King Institute of Preventive Medicine Micro-Biological Section reports 1912-19
Year: 1912
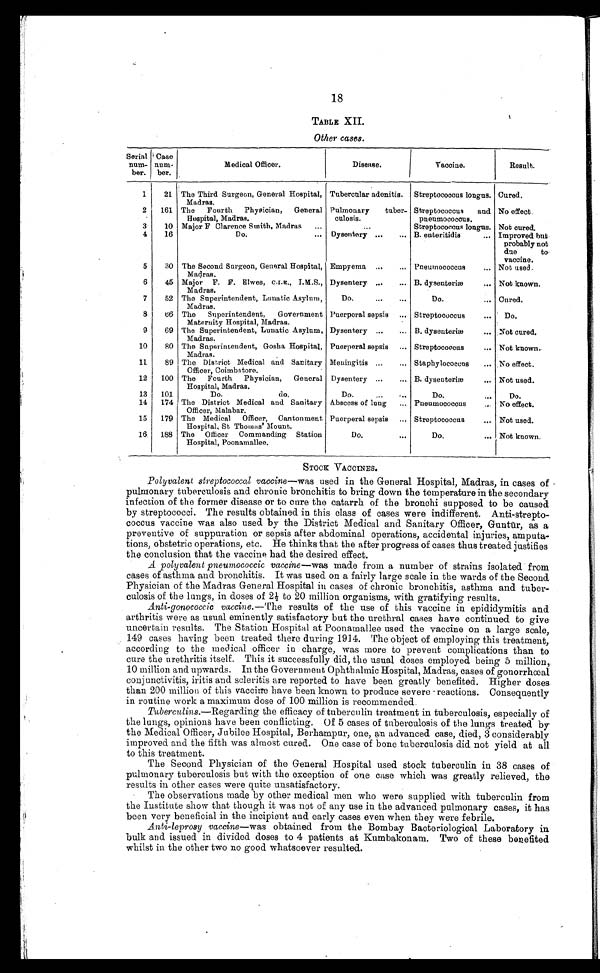
18
TABLE XII.
Other cases.
Serial
num-
ber.
Case
num-
ber.
Medical Officer.
Disease.
Vaccine.
Result.
1
21
The Third Surgeon, General Hospital,
Madras.
Tubercular adenitis.
Streptococcus longus. Cured.
2
161
The Fourth Physician, General
Hospital, Madras.
Pulmonary tuber-
culosis.
Streptococcus and
pneumococcus.
No effect.
3
10
Major F Clarence Smith, Madras . . .
. . .
Streptococcus longus. Not cured.
4
16
Do. . . . Dysentery . . . B. enteritidis . . . Improved but
probably not
due to.
vaccine.
5
30
The Second Surgeon, General Hospital,
Madras.
Empyema . . . Pneumococcus . . . Not used.
6
45
Major
F.F.Elwes, C.I.K., I . M . S . ,
Madras.
Dysentery . . . B. dysenteriæ . . . Not known.
7
52
The Superintendent, Lunatic Asylum,
Madras.
Do. . . .
Do. . . . Cured.
8
66
The Superintendent, Government
Maternity Hospital, Madras.
Puerperal sepsis . . . Streptococcus . . .
Do.
9
69 The Superintendent, Lunatic Asylum,
Madras.
Dysentery . . . B.dysenteriæ . . . Not cured.
10
80
The Superintendent, Gosha Hospital,
Madras.
Puerperal sepsis . . . Streptococcus . . . Not known.
11
89
The District Medical and Sanitary
Officer, Coimbatore.
Meningitis . . . Staphylococcus . . . No effect.
12
100
The Fourth Physician, General
Hospital, Madras.
Dysentery . . . B. dysenteriæ . . . Not used.
13
101
Do.
d o .
Do. . . .
Do. . . .
Do.
14
174 The District Medical and Sanitary
Officer, Malabar.
Abscess of lung . . . Pneumococcus . . .
No effect.
15
179
The Medical Officer, Cantonment
Hospital, St Thomas' Mount.
Puerperal sepsis . . . Streptococcus . . . Not used.
16
188
The Officer Commanding Station
Hospital, Poonamallee.
Do. . . .
Do. . . . Not known.
STOCK VACCINES.
Polyvalent streptococcal vaccine—was used in the General Hospital, Madras, in cases of
pulmonary tuberculosis and chronic bronchitis to bring down the temperature in the secondary
infection of the former disease or to cure the catarrh of the bronchi supposed to be caused
by streptococci. The results obtained in this class of cases were indifferent. Anti-strepto
-
coccus vaccine was also used by the District Medical and Sanitary Officer, Gunt ū r, as a
preventive of suppuration or sepsis after abdominal operations, accidental injuries, amputa
-
tions, obstetric operations, etc. He thinks that the after progress of cases thus treated justifies
the conclusion that the vaccine had the desired effect.
A polyvalent pneumococcic vaccine —was made from a number of strains isolated from
cases of asthma and bronchitis. It was used on a fairly large scale in the wards of the Second
Physician of the Madras General Hospital in cases of chronic bronchitis, asthma and tuber
-
culosis of the lungs, in doses of 2½ to 20 million organisms, with gratifying results.
Anti-gonococcic vaccine.— The results of the use of this vaccine in epididymitis and
arthritis were as usual eminently satisfactory but the urethral cases have continued to give
uncertain results. The Station Hospital at Poonamallee used the vaccine on a large scale,
149 cases having been treated there during 1914. The object of employing this treatment,
according to the medical officer in charge, was more to prevent complications than to
cure the urethritis itself. This it successfully did, the usual doses employed being 5 million,
10 million and upwards. In the Government Ophthalmic Hospital, Madras, cases of gonorrhœal
conjunctivitis, iritis and scleritis are reported to have been greatly benefited. Higher doses
than 200 million of this vaccine have been known to produce severe reactions. Consequently
in routine work a maximum dose of 100 million is recommended.
Tuberculins.—Regarding the efficacy of tuberculin treatment in tuberculosis, especially of
the lungs, opinions have been conflicting. Of 5 cases of tuberculosis of the lungs treated by
the Medical Officer, Jubilee Hospital, Berhampur, one, an advanced case, died, 3 considerably
improved and the fifth was almost cured. One case of bone tuberculosis did not yield at all
to this treatment.
The Second Physician of the General Hospital used stock tuberculin in 38 cases of
pulmonary tuberculosis but with the exception of one case which was greatly relieved, the
results in other cases were quite unsatisfactory.
The observations made by other medical men who were supplied with tuberculin from
the Institute show that though it was not of any use in the advanced pulmonary cases, it has
been very beneficial in the incipient and early cases even when they were febrile.
Anti-leprosy vaccine— was obtained from the Bombay Bacteriological Laboratory in
bulk and issued in divided doses to 4 patients at Kumbakonam. Two of these benefited
whilst in the other two no good whatsoever resulted.